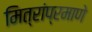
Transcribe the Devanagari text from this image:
मित्रांप्रमाणे